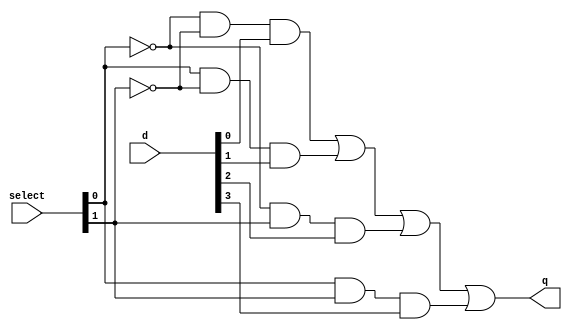
module mux_4_1( select, d, q );

input[1:0] select;
input[3:0] d;
output     q;

wire       q, q1, q2, q3, q4, NOTselect0, NOTselect1;
wire[1:0]  select;
wire[3:0]  d;

not n1( NOTselect0, select[0] );
not n2( NOTselect1, select[1] );

and a1( q1, NOTselect0, NOTselect1, d[0]  );
and a2( q2,  select[0], NOTselect1, d[1]  );
and a3( q3, NOTselect0,  select[1], d[2]  );
and a4( q4,  select[0],  select[1], d[3]  );

or o1( q, q1, q2, q3, q4 );

endmodule